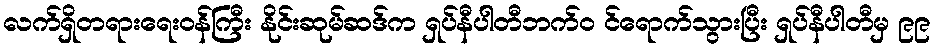
လက်ရှိတရားရေးဝန်ကြီး နိုင်းဆုမ်ဆဒ်က ရှပ်နီပါတီဘက်ဝ င်ရောက်သွားပြီး ရှပ်နီပါတီမှ ၉၉